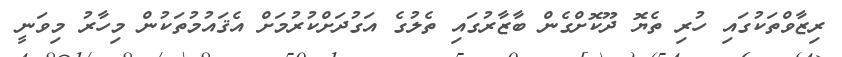
ރިޒާވްތަކުގައި ހުރި ތެޔޮ ދޫކޮށްގެން ބާޒާރުގައި ތެލުގެ އަގުދަށްކުރުމަށް އެޤައުމުތަކުން މިހާރު މިވަނީ